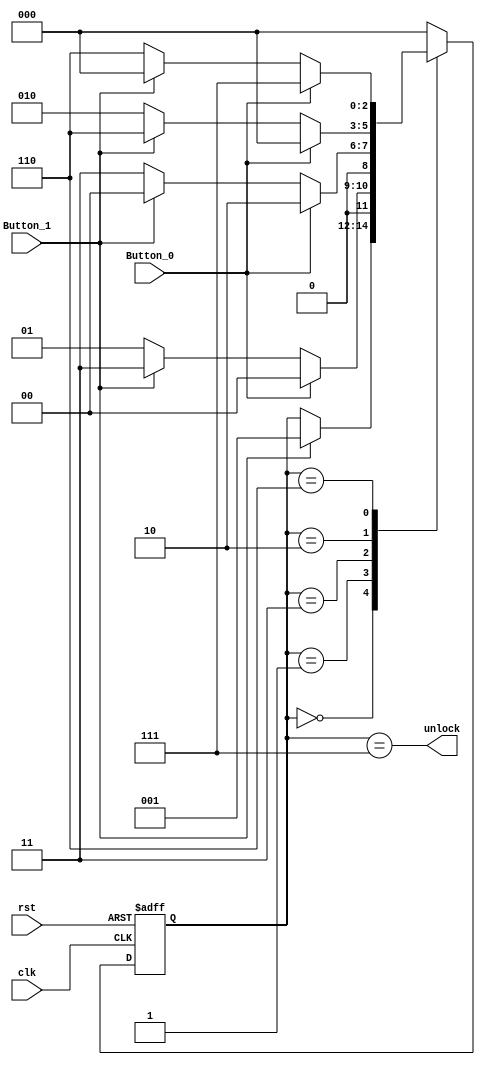
module Electronic_Lock(
input wire Button_0,Button_1,
input wire clk,rst,
output wire unlock
);
localparam s0=3'b000;
localparam s1=3'b001;
localparam s2=3'b011;
localparam s3=3'b010;
localparam s4=3'b110;
localparam s5=3'b111;

reg [2:0] current_state,next_state;
always@(posedge clk or negedge rst)
begin
if (!rst)
begin
current_state <= s0;

end

else
begin

current_state <= next_state;

end

end

always @(*)
begin

case(current_state)

s0:
begin

if (Button_1)
begin

next_state=s1;

end

else

begin

next_state=current_state;

end

end

s1:

begin

if (Button_0)

begin

next_state=s0;

end

else if(Button_1)

begin

next_state=s2;

end

else

begin

next_state=s1;

end

end

s2:

begin

if (Button_0)

begin

next_state=s3;

end

else if(Button_1)

begin

next_state=s0;

end

else

begin

next_state=s2;

end

end

s3:

begin

if (Button_0)

begin

next_state=s0;

end

else if(Button_1)

begin

next_state=s4;

end

else

begin

next_state=s3;

end


end

s4:

begin

if (Button_0)

begin

next_state=s5;

end

else if(Button_1)

begin

next_state=s0;

end

else

begin

next_state=s4;

end

end

s5:

begin

next_state=s0;

end

default:

begin

next_state=s0;

end


endcase


end
assign unlock=(current_state == s5);
endmodule